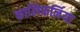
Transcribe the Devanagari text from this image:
कालिफर्निया